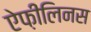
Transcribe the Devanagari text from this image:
ऐफ़ीलिनस